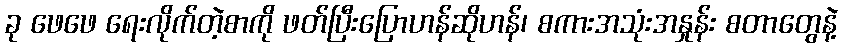
ခု ဖေဖေ ရေးလိုက်တဲ့စာကို ဖတ်ပြီးပြောဟန်ဆိုဟန်၊ စကားအသုံးအနှုန်း စတာတွေနဲ့